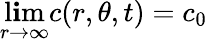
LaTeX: \operatorname*{l\mathbf{i}m}_{r\to\infty}c(r,\theta,t)=c_{0}